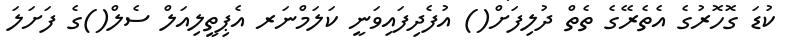
ކުޑަ ގޮހޮރުގެ އެތެރޭގެ ތެތް ދުލިފަށް() އުފެދިފައިވަނީ ކަލަމްނަރ އެޕިތީލިއަލް ސެލް()ގެ ފަށަލަ